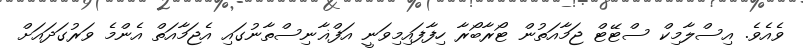
ވެއެވެ. އިސްލާމިކް ސްޓޭޓް ޖަމާއަތުން ޓޯރާބޯރާ ހިފާފައިމިވަނީ އަފްޣާނިސްތާނުގައި އެޖަމާއަތް އެންމެ ވަރުގަދައަށް